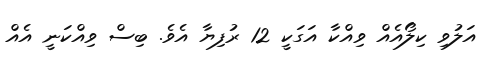
އަލުވި ކިލޯއެއް ވިއްކާ އަގަކީ 12 ރުފިޔާ އެވެ. ބިސް ވިއްކަނީ އެއް